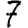
Digit: 7